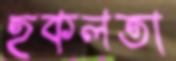
হকলতা